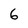
Character: 6